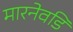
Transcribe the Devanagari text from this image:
मारनेवडि